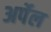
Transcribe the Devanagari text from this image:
अर्पेल